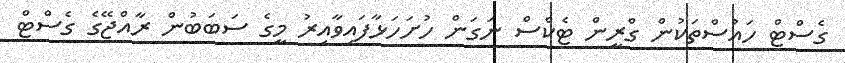
ގެސްޓް ހައުސްތަކުން ގްރީން ޓެކްސް ނަގަން ހުށަހަޅާފައިވާއިރު މީގެ ސަބަބުން ރާއްޖޭގެ ގެސްޓް